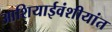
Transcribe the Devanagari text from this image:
आशियाईवंशीयांत